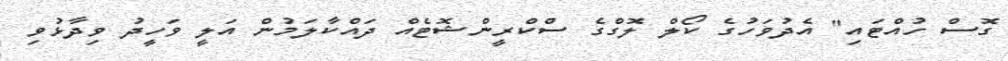
ގޮސް ހުއްޓައި" އެދުވަހުގެ ކޯލް ލޮގްގެ ސްކްރީންޝޮޓެއް ދައްކާލަމުން އަލީ ވަހީދު ވިދާޅުވި